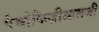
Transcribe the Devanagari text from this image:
पैथोफिज़ीआलजी